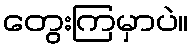
တွေးကြမှာပဲ။